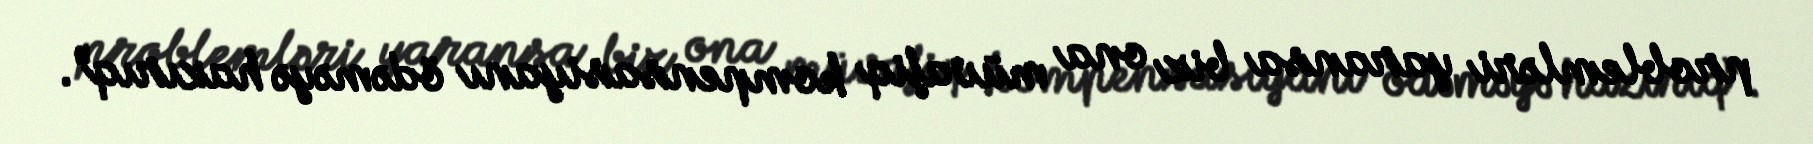
problemləri yaransa biz ona müvafiq kompensasiyanı ödəməyə hazırıq”.